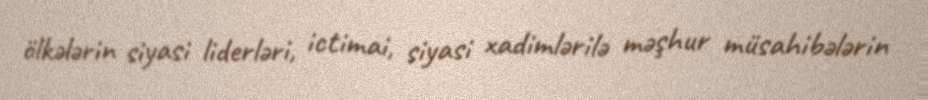
ölkələrin siyasi liderləri, ictimai, siyasi xadimlərilə məşhur müsahibələrin